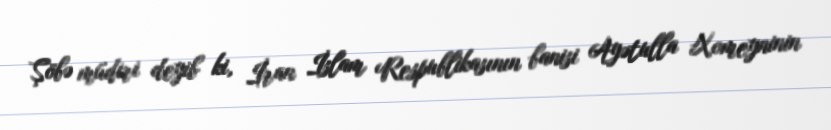
Şöbə müdiri deyib ki, İran İslam Respublikasının banisi Ayətulla Xomeyninin